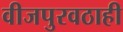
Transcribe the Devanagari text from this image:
वीजपुरवठाही